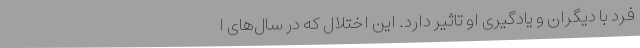
فرد با دیگران و یادگیری او تاثیر دارد. این اختلال که در سال‌های ا